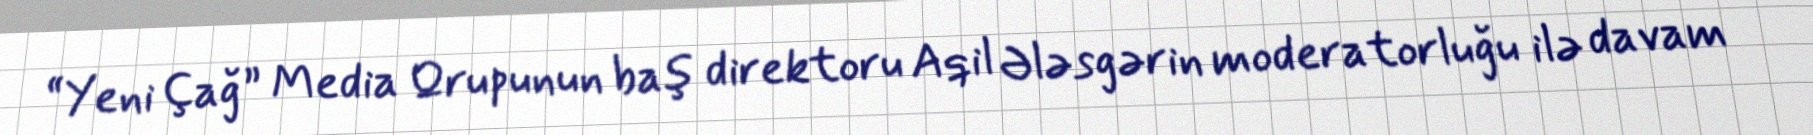
“Yeni Çağ” Media Qrupunun baş direktoru Aqil Ələsgərin moderatorluğu ilə davam